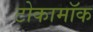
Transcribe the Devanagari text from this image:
टोकामॉक